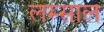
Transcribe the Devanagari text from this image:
लम्साल